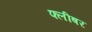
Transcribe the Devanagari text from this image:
फ्लीषर